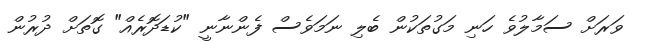
ވަރަށް ސަމާލުވެ ހަނި މަގުތަކުން ބެލި ނަމަވެސް ފެންނާނީ "ކުޑަދޮރެއް" ގޮތަށް ދުރުން